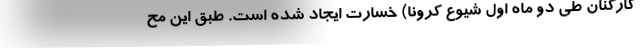
کارکنان طی دو ماه اول شیوع کرونا) خسارت ایجاد شده است. طبق این مح